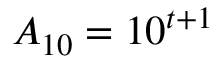
A _ { 1 0 } = 1 0 ^ { t + 1 }